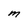
Character: m